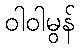
ဝါဝါမွန်